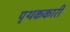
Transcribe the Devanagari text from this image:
पृथककारी